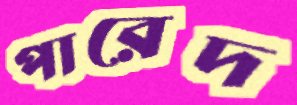
পারেদ